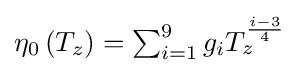
\eta _{0}\left(T_{z}\right)=\textstyle \sum _{i=1}^{9}g_{i}T_{z}^{\frac {i-3}{4}}